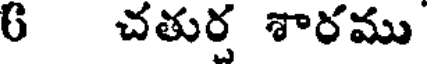
6 చతుర శారము